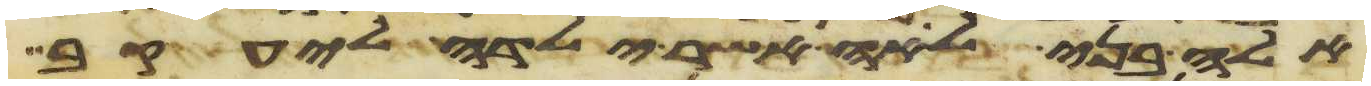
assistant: אלה בני לאה אשר ילדה ליעקב